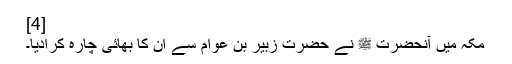
[4]
مکہ میں آنحضرت ﷺ نے حضرت زبیر بن عوام سے ان کا بھائی چارہ کرادیا۔